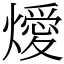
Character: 燰